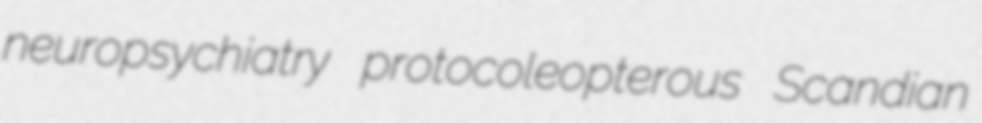
neuropsychiatry protocoleopterous Scandian